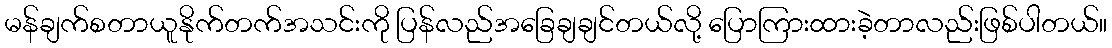
မန်ချက်စတာယူနိုက်တက်အသင်းကို ပြန်လည်အခြေချချင်တယ်လို့ ပြောကြားထားခဲ့တာလည်းဖြစ်ပါတယ်။